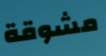
مشوقة